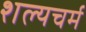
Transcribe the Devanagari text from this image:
शल्यचर्म